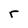
Character: r